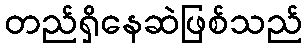
တည်ရှိနေဆဲဖြစ်သည်